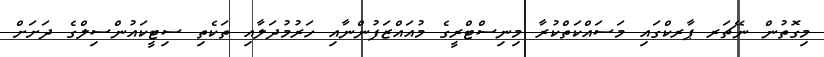
މިގޮތުން ނޭޗަރ ޕާރކްގައި މަސައްކަތްކުރާ މިނިސްޓްރީގެ މުއައްޒަފުންނާއި ހަރުމުދަލާއި ތަކެތި ސިޓީކައުންސިލްގެ ދަށަށް